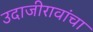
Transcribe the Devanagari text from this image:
उदाजीरावांचा